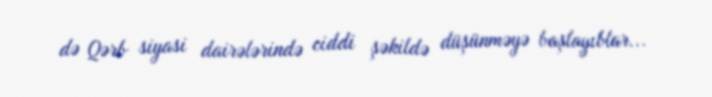
də Qərb siyasi dairələrində ciddi şəkildə düşünməyə başlayıblar...